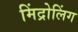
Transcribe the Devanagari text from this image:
मिंद्रोलिंग